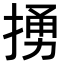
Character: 𢰭